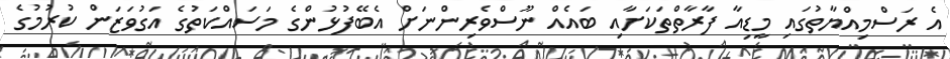
އެ ރަސްމިއްޔާތުގައި މީޑިއާ ފާރާތްތަކަށާއި ބައެއް ނޫސްވެރިންނަށް އެބޭފުޅުންގެ މަސައްކަތުގެ އަގުވަޒަން ކުރުމުގެ